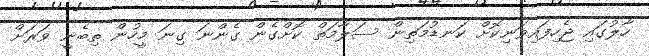
ހާލުގައި ޖެހިފައިވަނިކޮށް ކަނޑުމަތިން ސަލާމަތް ކޮށްގެން ގެންނަ ގިނަ މީހުން ތިބެނީ ވަރަށް